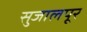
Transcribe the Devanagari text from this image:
सुजालपूर